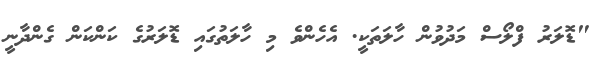
"ޑޮލަރު ފްލޯސް މަދުވުން ހާލަތަކީ. އެހެންވެ މި ހާލަތުގައި ޑޮލަރުގެ ކަންކަން ގެންދާނީ